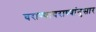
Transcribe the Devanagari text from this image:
घराण्याघराण्यांनुसार